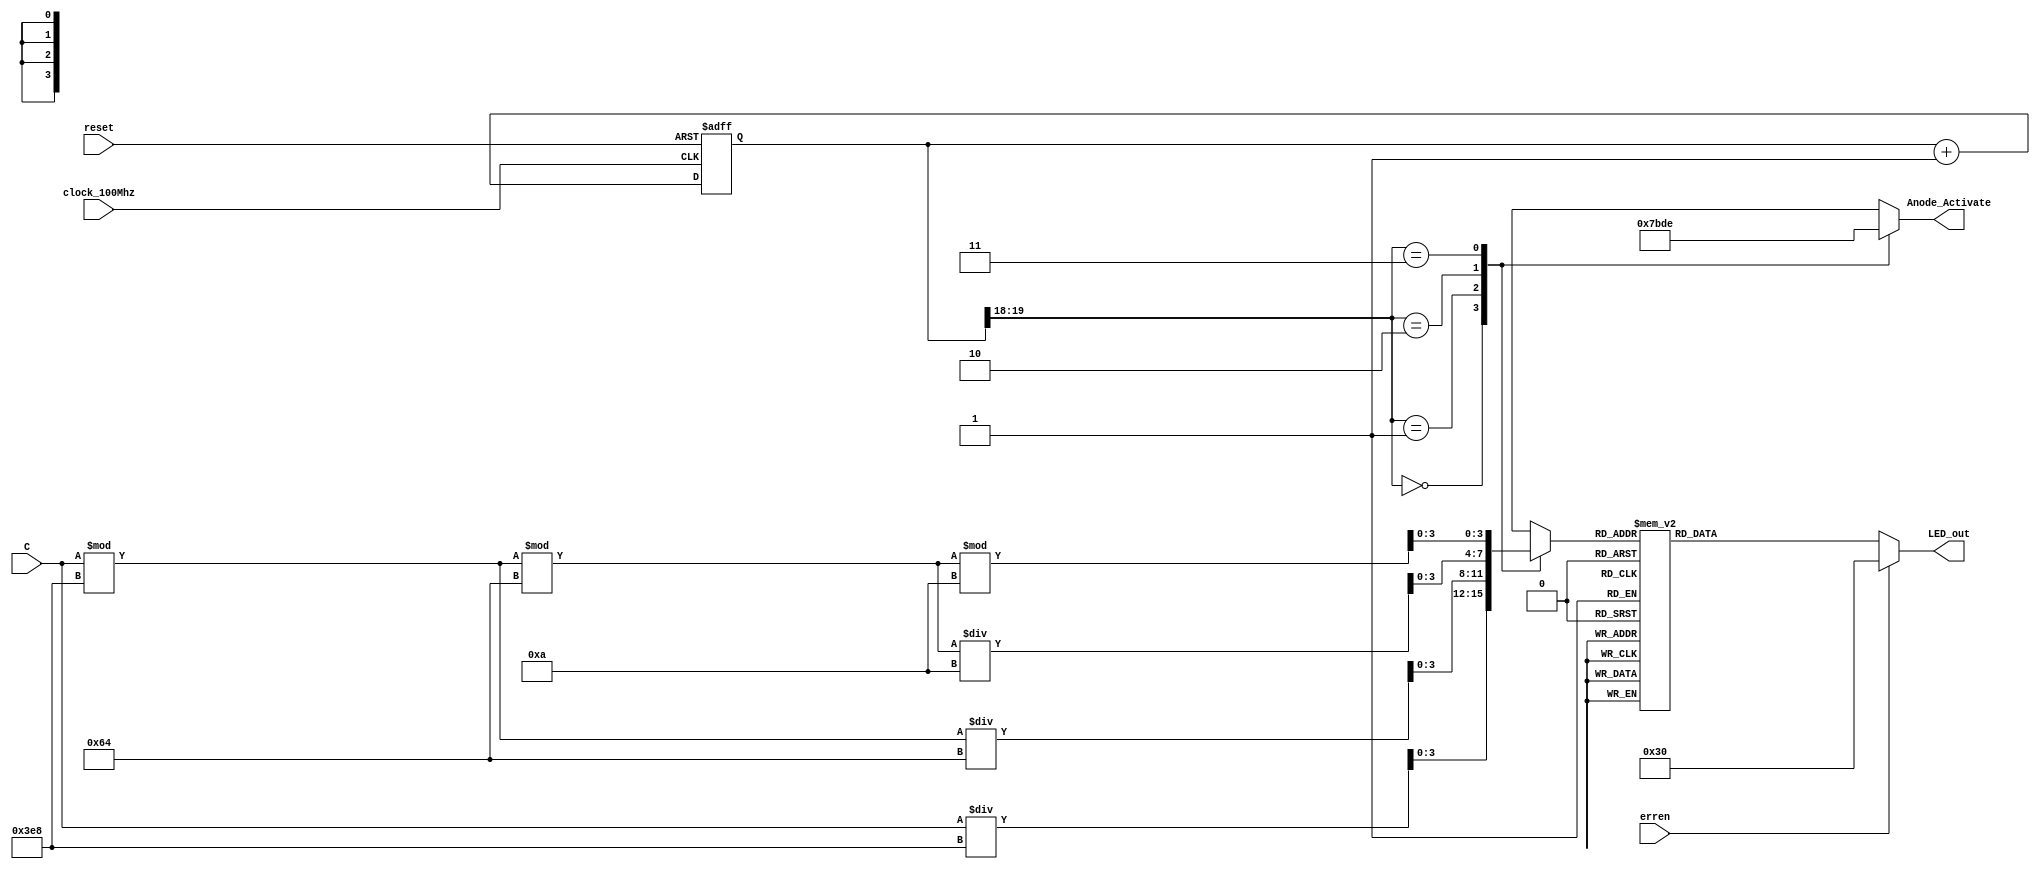
// fpga4student.com: FPGA projects, Verilog projects, VHDL projects
// FPGA tutorial: seven-segment LED display controller on Basys  3 FPGA
module Seg(
    input erren,
    input clock_100Mhz,
    input [15:0]C, // 100 Mhz clock source on Basys 3 FPGA
    input reset, // reset
    output reg[3:0] Anode_Activate, // anode signals of the 7-segment LED display
    output reg [6:0] LED_out// cathode patterns of the 7-segment LED display
    );
    reg [3:0] LED_BCD;
    reg [19:0] refresh_counter; // 20-bit for creating 10.5ms refresh period or 380Hz refresh rate
             // the first 2 MSB bits for creating 4 LED-activating signals with 2.6ms digit period
    wire [1:0] LED_activating_counter; 
                 // count     0    ->  1  ->  2  ->  3
              // activates    LED1    LED2   LED3   LED4
             // and repeat
    always @(posedge clock_100Mhz or posedge reset)
    begin 
        if(reset==1)
            refresh_counter <= 0;
        else
            refresh_counter <= refresh_counter + 1;
    end 
    assign LED_activating_counter = refresh_counter[19:18];
    // anode activating signals for 4 LEDs, digit period of 2.6ms
    // decoder to generate anode signals 
    always @(*)
    begin
        case(LED_activating_counter)
        2'b00: begin
            Anode_Activate = 4'b0111; 
            // activate LED1 and Deactivate LED2, LED3, LED4
            LED_BCD = C/1000;
            // the first digit of the 16-bit number
              end
        2'b01: begin
            Anode_Activate = 4'b1011; 
            // activate LED2 and Deactivate LED1, LED3, LED4
            LED_BCD = (C % 1000)/100;
            // the second digit of the 16-bit number
              end
        2'b10: begin
            Anode_Activate = 4'b1101; 
            // activate LED3 and Deactivate LED2, LED1, LED4

            LED_BCD = ((C % 1000)%100)/10;
            // the third digit of the 16-bit number
                end
        2'b11: begin
            Anode_Activate = 4'b1110; 
            // activate LED4 and Deactivate LED2, LED3, LED1
            LED_BCD = ((C % 1000)%100)%10;
            // the fourth digit of the 16-bit number    
               end
        endcase
    end
    // Cathode patterns of the 7-segment LED display 
    always @(*)  
    begin
        if(erren)begin
        LED_out = ~7'b1001111;
        end
        else begin
        case(LED_BCD)
 4'b0000: LED_out = 7'b0000001; // "0"  
 4'b0001: LED_out = 7'b1001111; // "1" 
 4'b0010: LED_out = 7'b0010010; // "2" 
 4'b0011: LED_out = 7'b0000110; // "3" 
 4'b0100: LED_out = 7'b1001100; // "4" 
 4'b0101: LED_out = 7'b0100100; // "5" 
 4'b0110: LED_out = 7'b0100000; // "6" 
 4'b0111: LED_out = 7'b0001111; // "7" 
 4'b1000: LED_out = 7'b0000000; // "8"  
 4'b1001: LED_out = 7'b0000100; // "9" 
 default: LED_out = 7'b0000001; // "0"
        endcase
        end
    end
 endmodule